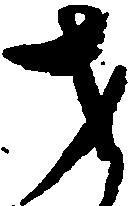
才